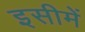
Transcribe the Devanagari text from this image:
इसीमें